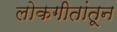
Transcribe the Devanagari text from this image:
लोकगीतांतून